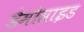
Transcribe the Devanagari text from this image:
डेमोसाइड